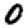
Digit: 0